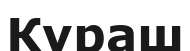
Кураш